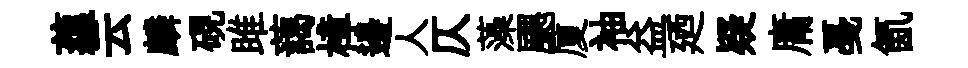
蘊云麟硯雎藹樟邊人仄藻颸厦袖益廼疑庸戞氤